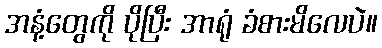
အနံ့တွေကို ပိုပြီး အာရုံ ခံစားမိလေပဲ။